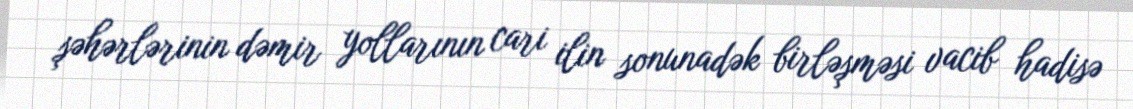
şəhərlərinin dəmir yollarının cari ilin sonunadək birləşməsi vacib hadisə